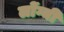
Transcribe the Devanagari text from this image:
लोंग्यी